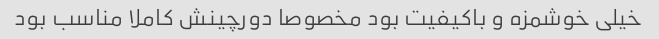
خیلی خوشمزه و باکیفیت بود مخصوصا دورچینش کاملا مناسب بود